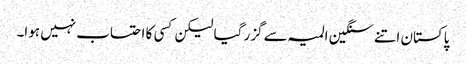
پاکستان اتنے سنگین المیہ سے گزر گیا لیکن کسی کا احتساب نہیں ہوا۔